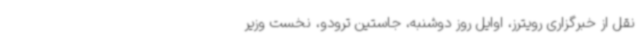
نقل از خبرگزاری رویترز، اوایل روز دوشنبه، جاستین ترودو، نخست وزیر